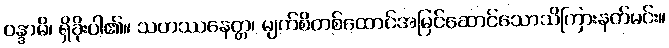
ဝန္ဒာမိ၊ ရှိခိုးပါ၏။ သဟဿနေတ္တ၊ မျက်စိတစ်ထောင်အမြင်ဆောင်သောသိကြားနတ်မင်း။